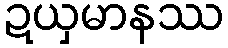
ဍယှမာနဿ